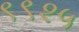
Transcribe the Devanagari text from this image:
९९२५